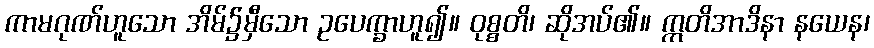
ကာမဂုဏ်ဟူသော အိမ်၌မှီသော ဥပေက္ခာဟူ၍။ ဝုစ္စတိ၊ ဆိုအပ်၏။ ဣတိအာဒိနာ နယေန၊